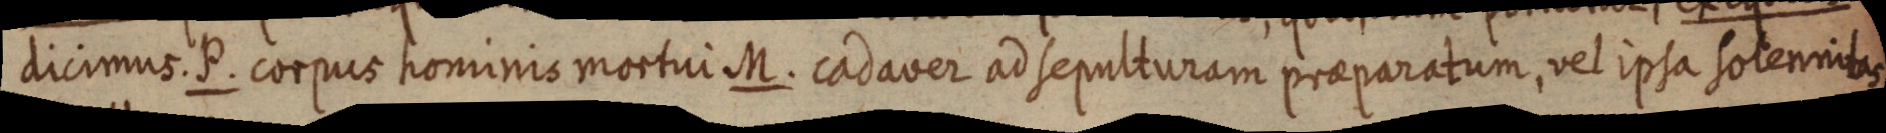
dicimus P. corpus hominis mortui M. cadaver ad sepulturam praeparatum, vel ipsa solennitas